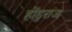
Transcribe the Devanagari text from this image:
होंडुराज